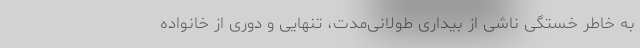
به خاطر خستگی ناشی از بیداری طولانی‌مدت، تنهایی و دوری از خانواده